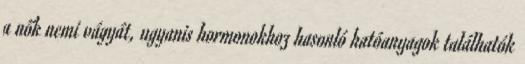
a nők nemi vágyát, ugyanis hormonokhoz hasonló hatóanyagok találhatók